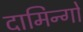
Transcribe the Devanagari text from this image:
दामिन्गो